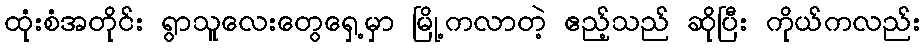
ထုံးစံအတိုင်း ရွာသူလေးတွေရှေ့မှာ မြို့ကလာတဲ့ ဧည့်သည် ဆိုပြီး ကိုယ်ကလည်း